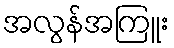
အလွန်အကြူး